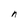
Character: n